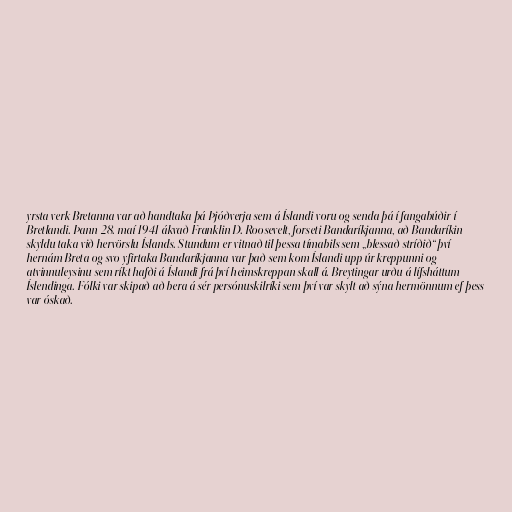
yrsta verk Bretanna var að handtaka þá Þjóðverja sem á Íslandi voru og senda þá í fangabúðir í
Bretlandi. Þann 28. maí 1941 ákvað Franklin D. Roosevelt, forseti Bandaríkjanna, að Bandaríkin
skyldu taka við hervörslu Íslands. Stundum er vitnað til þessa tímabils sem „blessað stríðið“ því
hernám Breta og svo yfirtaka Bandaríkjanna var það sem kom Íslandi upp úr kreppunni og
atvinnuleysinu sem ríkt hafði á Íslandi frá því heimskreppan skall á. Breytingar urðu á lífsháttum
Íslendinga. Fólki var skipað að bera á sér persónuskilríki sem því var skylt að sýna hermönnum ef þess
var óskað.